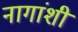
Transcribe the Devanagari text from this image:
नागांशी